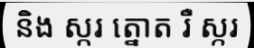
និង ស្ករ ត្នោត រឺ ស្ករ